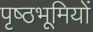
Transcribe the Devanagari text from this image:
पृष्‍ठभूमियों